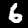
Digit: 6